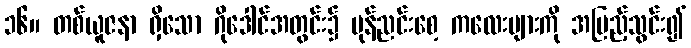
၁၆။ တစ်ယူဇနာ ရှိသော ဂိုဒေါင်အတွင်း၌ မုန်ညင်းစေ့ ကလေးများကို အပြည့်သွင်း၍